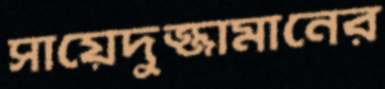
সায়েদুজ্জামানের